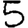
Digit: 5